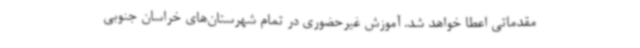
مقدماتی اعطا خواهد شد. آموزش غیرحضوری در تمام شهرستان‌های خراسان جنوبی